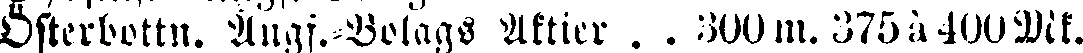
Österbottn. Angj.-Bolags Aktier . . 300 m. 375 à 400 Dik.